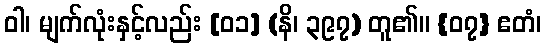
ဝါ၊ မျက်လုံးနှင့်လည်း [၀၁] (နိ၊ ၃၉၇) တူ၏။ {၀၇} ဧတံ၊